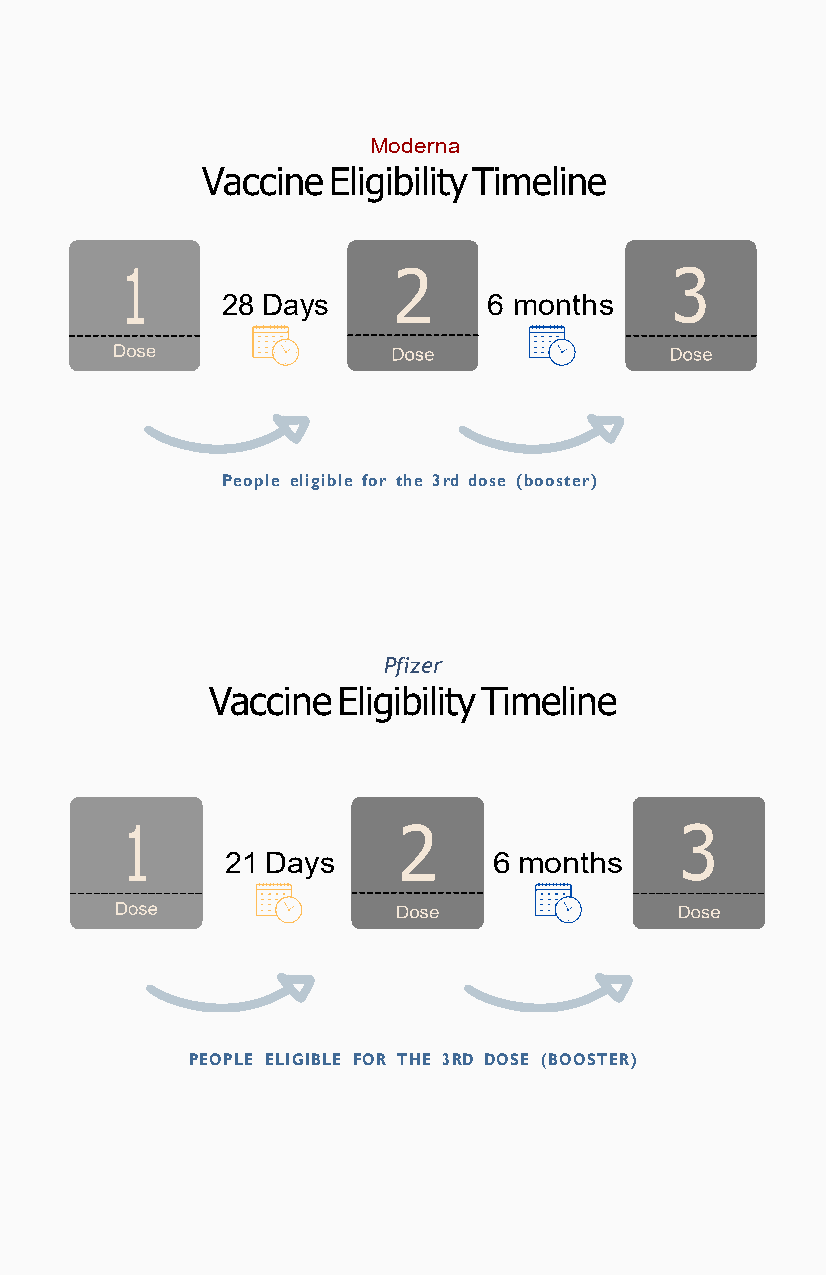
Moderna
 Vaccine  Eligibility Timeline
 28 Days          6 months
 People eligible for the 3 rd dose ( booster)
 Pfizer
 Vaccine Eligibility Timeline
 21 Days           6 months
 PEOPLE ELIGIBLE FOR THE 3 RD DOSE ( BOOSTER)